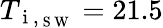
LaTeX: T_{\mathrm{~i~},_{\mathrm{~S~W~}}}=21.5